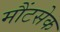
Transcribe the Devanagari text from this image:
मौंटसेक